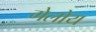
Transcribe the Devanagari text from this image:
गेलोय